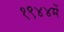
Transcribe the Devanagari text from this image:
१९४४में